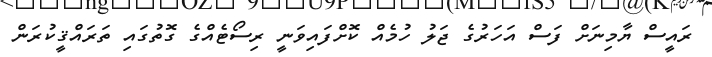
ރައީސް ޔާމިނަށް ފަސް އަހަރުގެ ޖަލު ހުމެއް ކޮށްފައިވަނީ ރިސޯޓެއްގެ ގޮތުގައި ތަރައްޤީކުރަން